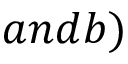
a n d b )